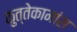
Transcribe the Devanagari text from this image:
कुत्तेकामांस